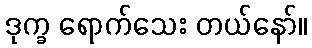
ဒုက္ခ ရောက်သေး တယ်နော်။